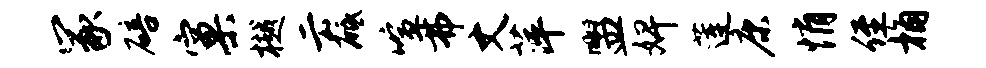
冢碚窠樾云砥喧弗丈萍盥婢莲康悄侄桷